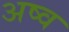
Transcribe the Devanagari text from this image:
अष्व